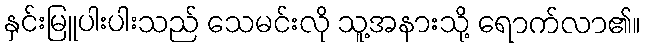
နှင်းမြူပါးပါးသည် သေမင်းလို သူ့အနားသို့ ရောက်လာ၏။